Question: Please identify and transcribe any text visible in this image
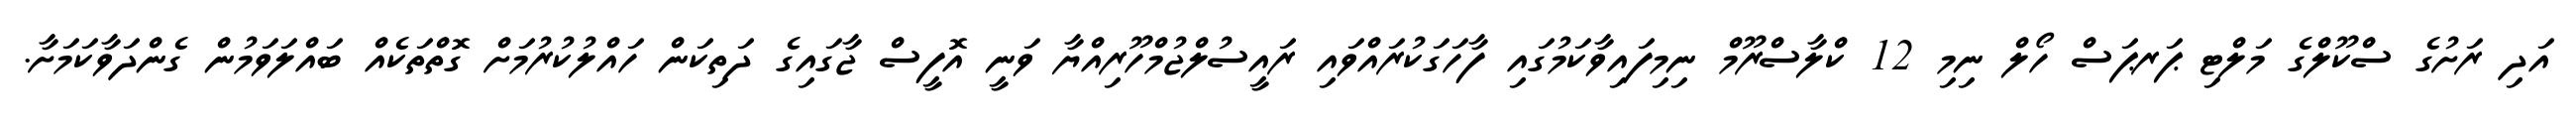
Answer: އަދި ރަށުގެ ސްކޫލްގެ މަލްޓި ޕަރޕަސް ހޯލް ނިމި 12 ކްލާސްރޫމް ނިމިފައިވާކަމުގައި ފާހަގަކުރައްވައި ރައީސުލްޖުމްހޫރިއްޔާ ވަނީ އޮފީސް ޖާގައިގެ ދަތިކަން ހައްލުކުރުމަށް ގޮތްތަކެއް ބައްލަވަމުން ގެންދަވާކަމަށާ.